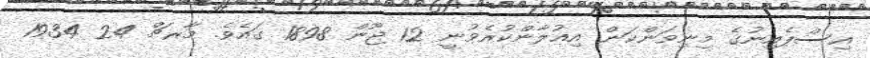
އިސްޕެއިނުގެ މިނިވަންކަން އިޢުލާންކުރެވުނީ 12 ޖޫން 1898 ގައެވެ. މާރޗް 24 1934